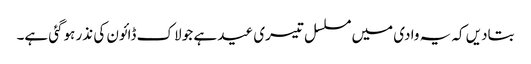
بتادیں کہ یہ وادی میں مسلسل تیسری عید ہے جو لاک ڈائون کی نذر ہوگئی ہے۔